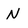
Character: N